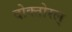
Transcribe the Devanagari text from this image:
दोक्तोरल्